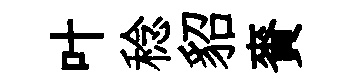
叶稔貂賚